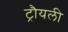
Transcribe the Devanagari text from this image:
ट्रौयली